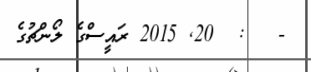
-   :  20